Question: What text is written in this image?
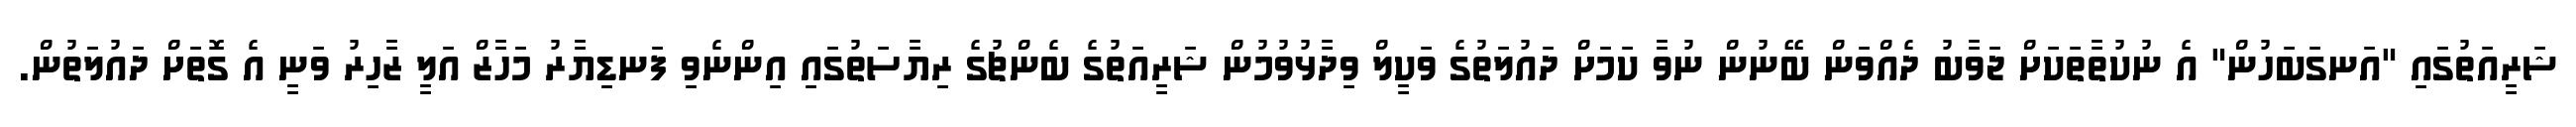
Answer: ޝަރީއަތުގައި "އަނގަބަހުން" އެ ނުކުތާތަކަށް ޖަވާބު ދެއްވަން ބޭނުން ނުވާ ކަމަށް ދައުލަތުގެ ވަކީލް ވިދާޅުވުމުން ޝަރީއަތުގެ ބެންޗުގެ ރިޔާސަތުގައި އިންނެވި ފަނޑިޔާރު މަހާޒް އަލީ ޒާހިރު ވަނީ އެ ގޮތަށް ދައުލަތުން.